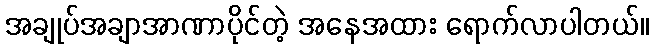
အချုပ်အချာအာဏာပိုင်တဲ့ အနေအထား ရောက်လာပါတယ်။